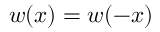
w ( x ) = w ( - x )